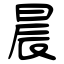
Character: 晨